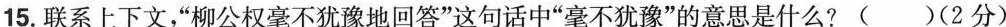
15.联系上下文，”柳公权毫不犹豫地回答”这句话中”毫不犹豫”的意思是什么?()(2分)